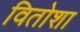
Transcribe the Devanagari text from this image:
वितोशा